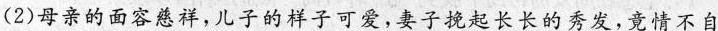
(2)母亲的面容慈祥,儿子的样子可爱,妻子挽起长长的秀发,竟情不自